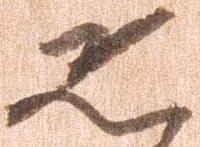
恐